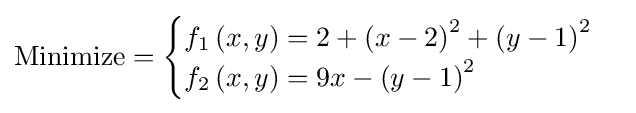
{\text{Minimize}}={\begin{cases}f_{1}\left(x,y\right)=2+\left(x-2\right)^{2}+\left(y-1\right)^{2}\\f_{2}\left(x,y\right)=9x-\left(y-1\right)^{2}\\\end{cases}}